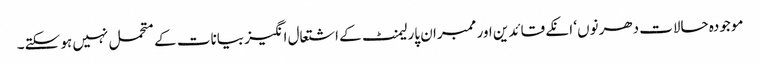
موجودہ حالات دھرنوں‘ انکے قائدین اور ممبران پارلیمنٹ کے اشتعال انگیز بیانات کے متحمل نہیں ہو سکتے۔